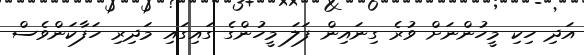
އަދި ހިކި މީހުންނަށް ވުރެ ގިނައިން ފަލަ މީހުންގެ ގައިގައި މަދިރި ހަފާކަންވެސް